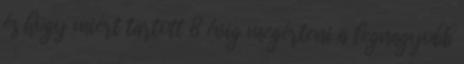
és hogy miért tartott 8 évig megérteni a legnagyobb